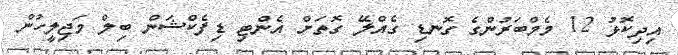
އިދިކޮޅު 12 މެމްބަރުންގެ ގޮނޑި ގެއްލޭ ގޮތަށް އެންޓި ޑިފެކްޝަން ބިލް މަޖިލީހުން